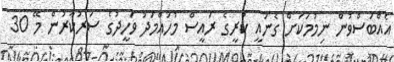
އެއްބަސްވުން ނިމުމަކަށް ގެނައީ ކުރީގެ ރައީސް މުހައްމަދު ވަހީދުގެ ސަރުކާރުން މޭ 30